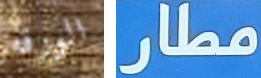
الورقه مطار